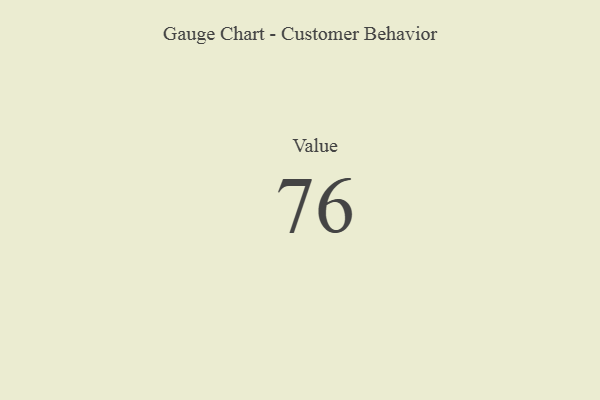
{"axis": {"x": "Metric", "y": "Value"}, "legend": [""], "data": [{"x": "Value", "y": 76, "type": ""}]}